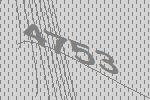
4753